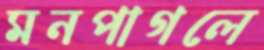
মনপাগলে